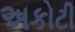
અકોટી